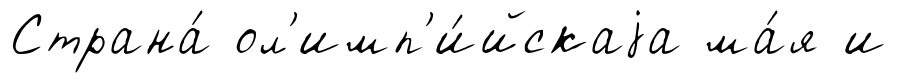
Страна́ ол'имп'и́йскаjа ма́я и